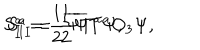
S _ { I } ^ { a } = \frac 1 2 \overline { { \Psi } } T ^ { a } \Psi , \hspace { 1 c m } S _ { I I } ^ { a } = \frac 1 2 \overline { { \Psi } } T ^ { a } O _ { 3 } \Psi ,